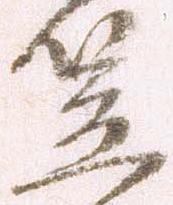
笠